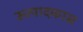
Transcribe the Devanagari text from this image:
ऊत्पादकास